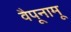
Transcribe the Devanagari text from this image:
वैपूनामू